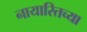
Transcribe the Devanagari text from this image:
नायारितच्या